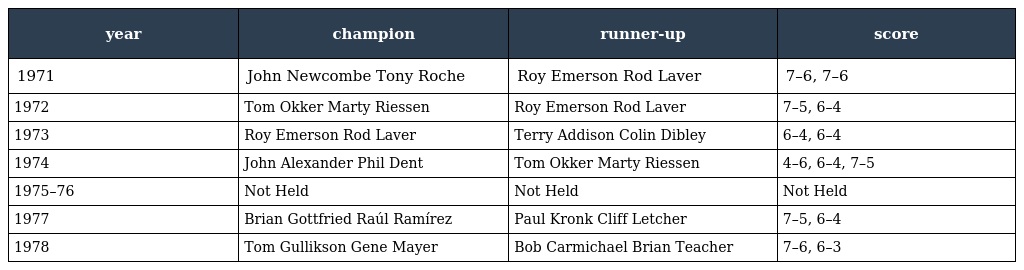
| year | champion | runner-up | score |
 | --- | --- | --- | --- |
 | 1971 | John Newcombe Tony Roche | Roy Emerson Rod Laver | 7–6, 7–6 |
 | 1972 | Tom Okker Marty Riessen | Roy Emerson Rod Laver | 7–5, 6–4 |
 | 1973 | Roy Emerson Rod Laver | Terry Addison Colin Dibley | 6–4, 6–4 |
 | 1974 | John Alexander Phil Dent | Tom Okker Marty Riessen | 4–6, 6–4, 7–5 |
 | 1975–76 | Not Held | Not Held | Not Held |
 | 1977 | Brian Gottfried Raúl Ramírez | Paul Kronk Cliff Letcher | 7–5, 6–4 |
 | 1978 | Tom Gullikson Gene Mayer | Bob Carmichael Brian Teacher | 7–6, 6–3 |